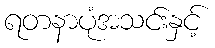
ရတနာပုံအသင်းနှင့်